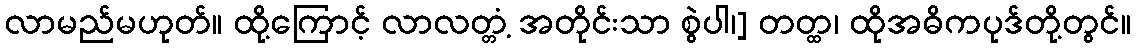
လာမည်မဟုတ်။ ထို့ကြောင့် လာလတ္တံ့ အတိုင်းသာ စွဲပါ၊] တတ္ထ၊ ထိုအဓိကပုဒ်တို့တွင်။